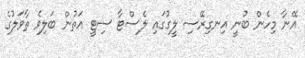
އޭނާ މިހެން ބުނީ އިނގިރޭސި ލީގުގައި ލެސްޓާ ސިޓީ އަތުން ބަލިވެ ތާވަލުގެ